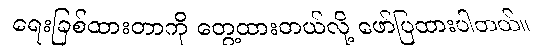
ရေးခြစ်ထားတာကို တွေ့ထားတယ်လို့ ဖော်ပြထားပါတယ်။